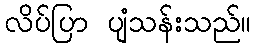
လိပ်ပြာ ပျံသန်းသည်။